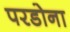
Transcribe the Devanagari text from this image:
परडोना